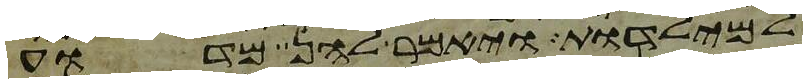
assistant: למילדות ויאמר להן מדוע